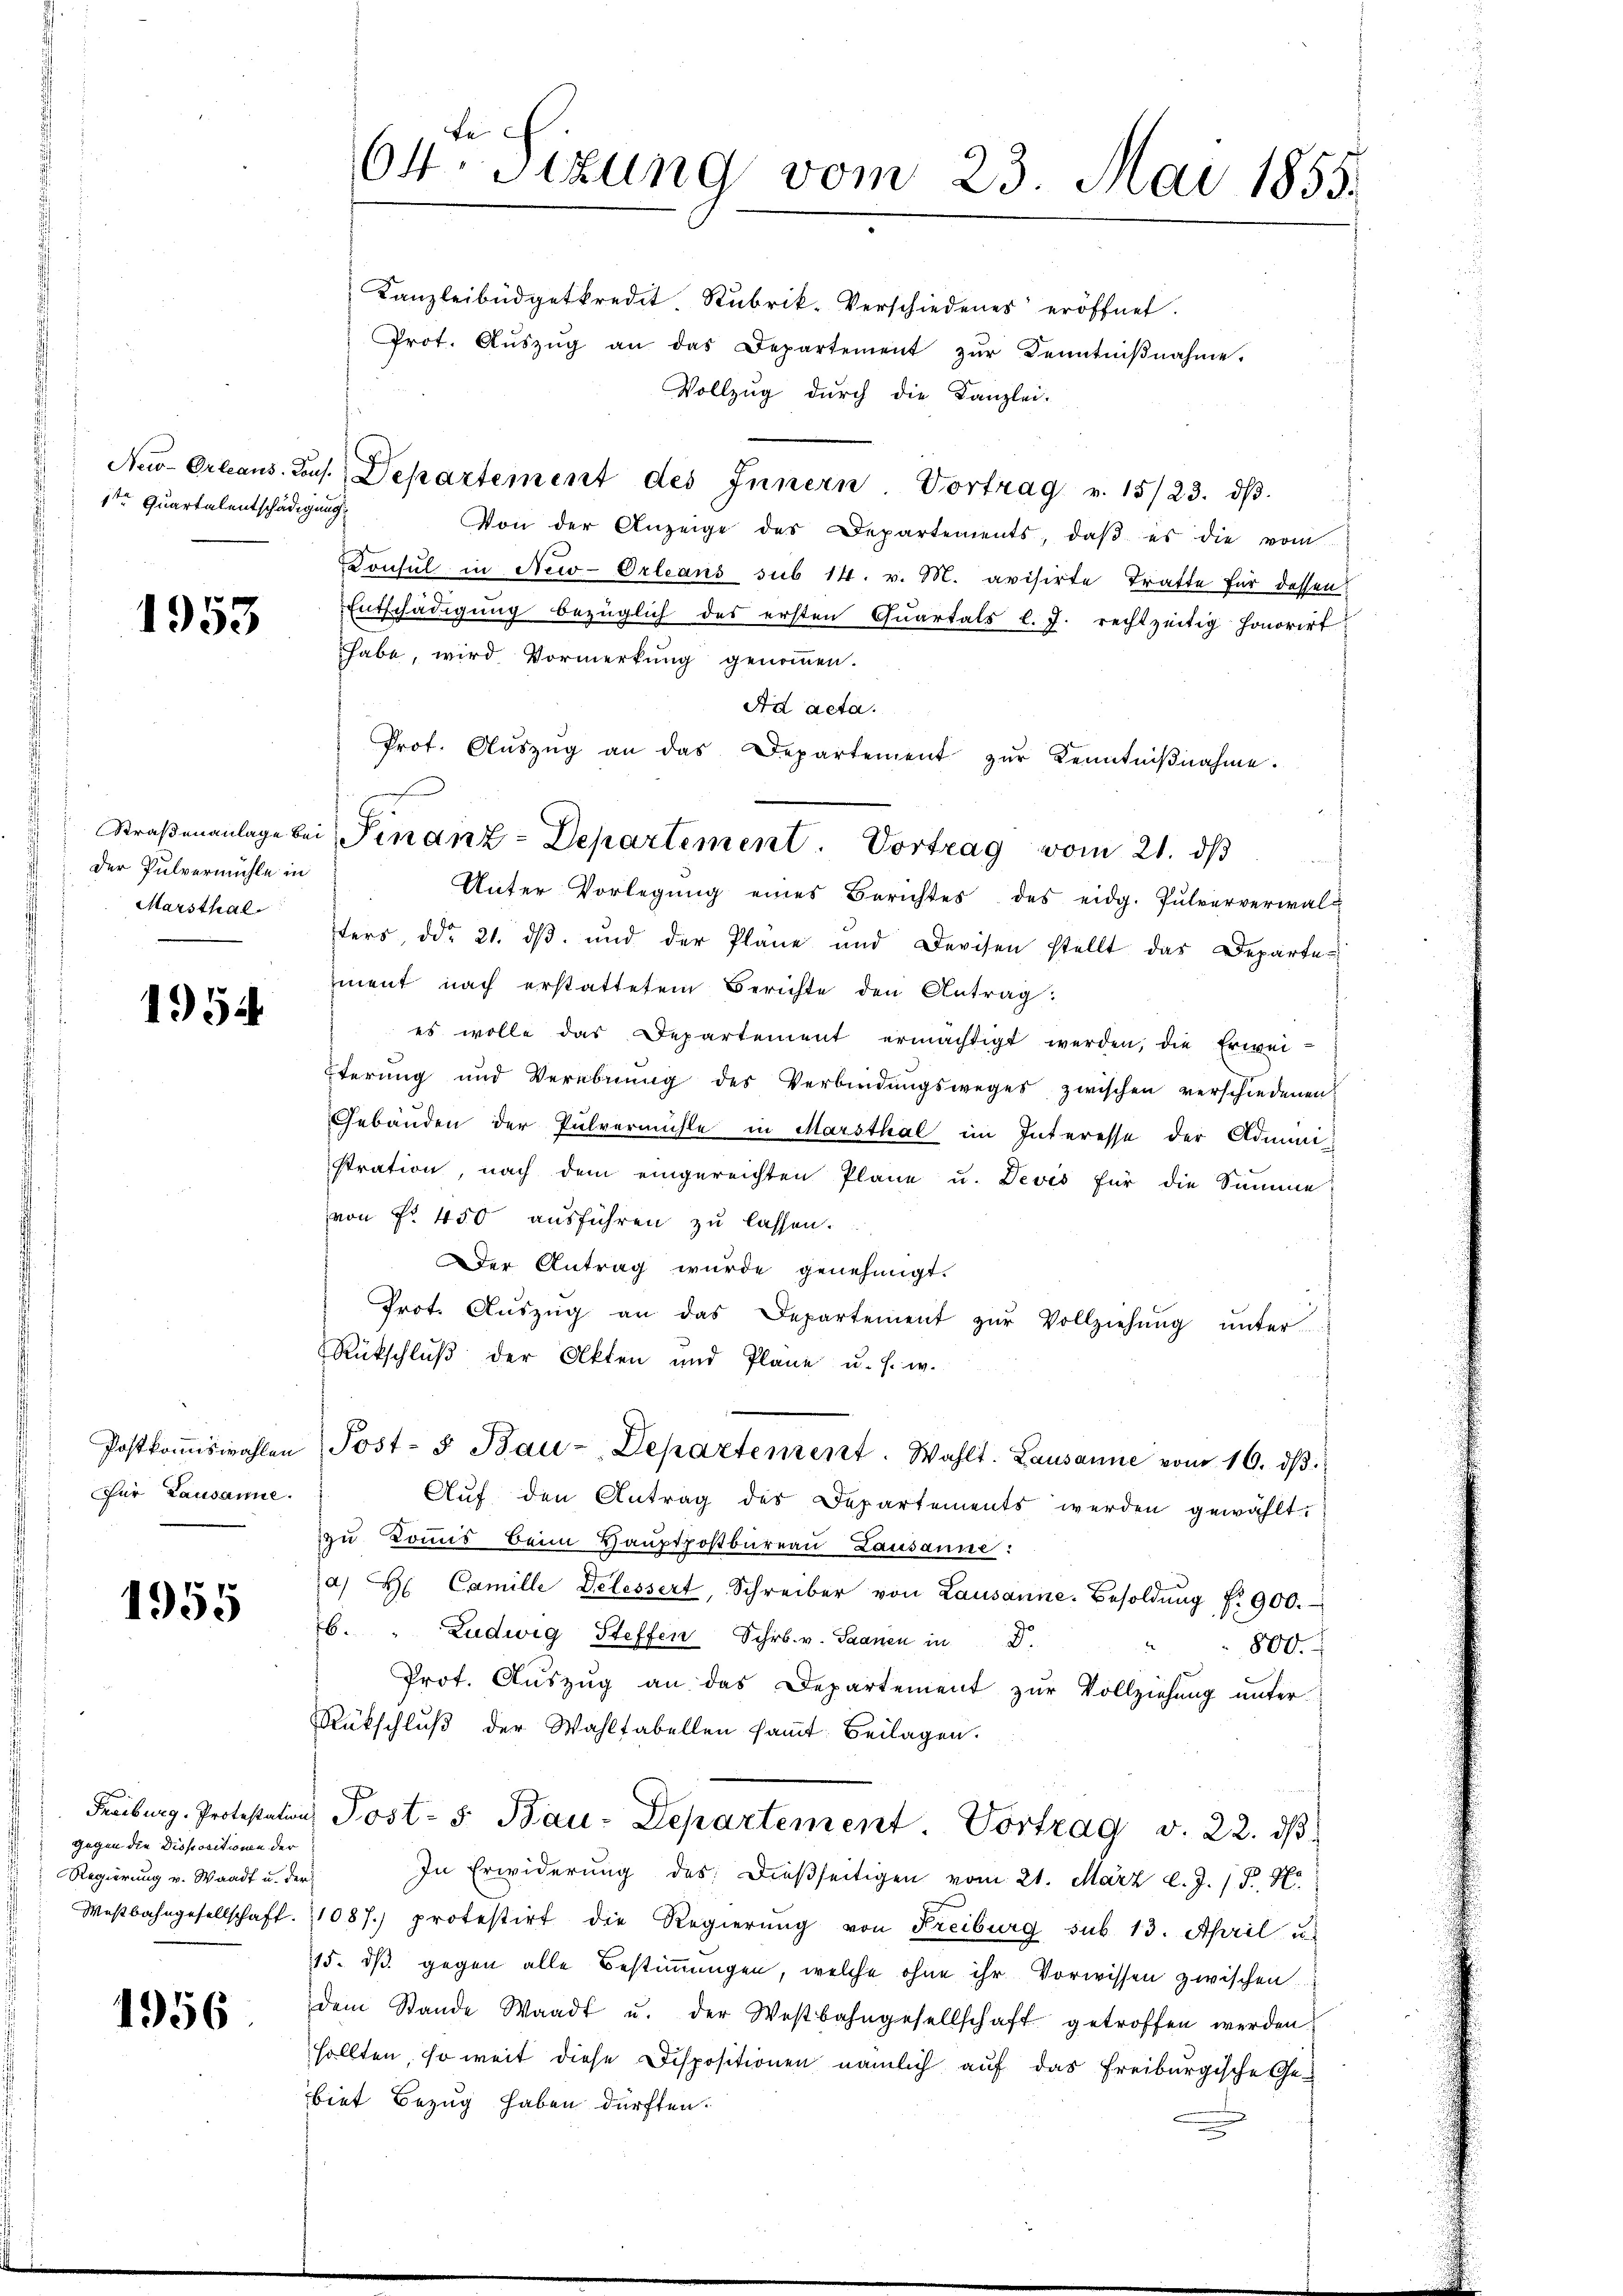
1ten Quartalentschädigung

1953

Der Pulvermühle in
Marsthal

1954

Postkommiswahlen
Für Lausanne.

1955

gegen die Dispositionen der
Regierung v. Waadt u. der

1956

te
64. Sitzung vom 23. Mai 1855.

Kanzleibüdgetkredit. Rubrik-Verschiedenes eröffnet.
Prot. Aŭszŭg an das Departement zŭr Kenntniβnahme.
Vollzug durch die Kanzlei-
Nu-Orleaus. Cons. Departement des Innern Vortrag v. 15/23. dβ.
Von der Anzeige des Departements, daβ es die vom
Konsul in New-Orleans sub 14. v. M. avisirte Tratte für dessen
Entschädigung bezüglich des ersten Quartals l. J. rechtzeitig Honorirt
habe, wird Vormerkung genommen.
Ad acta.
Prot. Aŭszŭg an das Departement zŭr Kenntniβnahme.
Unter Vorlegung eines Berichtes des eidg. Pulververwalfters, ddo 21. dβ. und der Pläne und Devisen stellt das Departe
zment nach erstattetem Berichte den Antrag:
es wolle das Departement ermächtigt werden, die Erwei-
Eterung und Verebnung des Verbindŭngsweges zwischen verschiedenen
Gebäuden der Pulvermühle in Marsthal im Interesse der Administration, nach dem eingereichten Pläne u. Devis für die Summe
von Fr. 450 ausführen zu lassen.
Der Antrag wurde genehmigt.
Prot. Aŭszŭg an das Departement zŭr Vollziehŭng ŭnter
Rückschlŭβ der Akten und Plane u. s. w.
Post- & Bau-Departement. Wahlt. Lausanne vom 16. ds.
Auf den Antrag des Departements werden gewählt.
zu Kommis beim Haŭptpostbüreau Lausanne:
a) H Camille Delessert, Schreiber von Lausanne. Besoldŭng f. 900.
b. " Ludwig Steffen Schr. v. Saanen in D.
800.
Prot. Aŭszŭg an das Departement zŭr Vollziehŭng ŭnter
Rückschlŭβ der Wahltabellen saṁt Beilagen.
Freiburg. Protestation Post- 5. Bau-Departement. Vortrag v. 22. dβ
In Erwiderung des dießseitigen vom 21. März l. J. 1 S. Ho
Westbahngesellschaft. 1087) protestirt die Regierŭng von Freiburg sub. 13. April u
15. dβ gegen alle Bestiṁŭngen, welche ohne ihr Vorwissen zwischen
dem Stande Waadt u. der Westbahngesellschaft getroffen werden.
sollten, so weit diese Dispositionen nämlich auf das Freiburgische Ge-
biet Bezug haben dürften.

Straßenanlage bei Finanz-Departement. Vortrag vom 21. ds